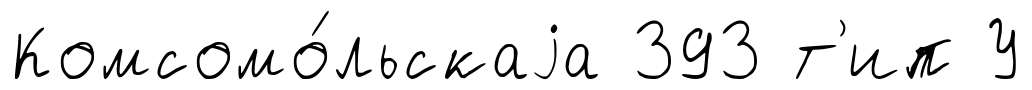
Комсомо́льскаjа 393 т'ип У